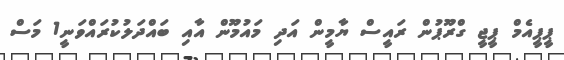
ޕީޕީއެމް ޕީޖީ ގްރޫޕުން ރައީސް ޔާމީން އަދި މައުމޫން އާއި ބައްދަލުކުރައްވަނީ1 މަސް